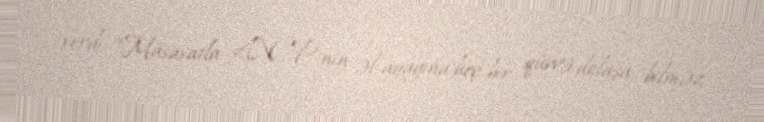
verdi: “Müsavatla AXCP-nin əl-ayağına heç bir qüvvə dolaşa bilməz.